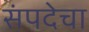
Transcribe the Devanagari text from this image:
संपदेचा